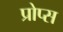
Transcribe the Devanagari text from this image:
प्रोप्स